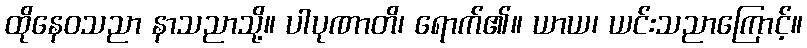
ထိုနေဝသညာ နာသညာသို့။ ပါပုဏာတိ၊ ရောက်၏။ ယာယ၊ ယင်းသညာကြောင့်။